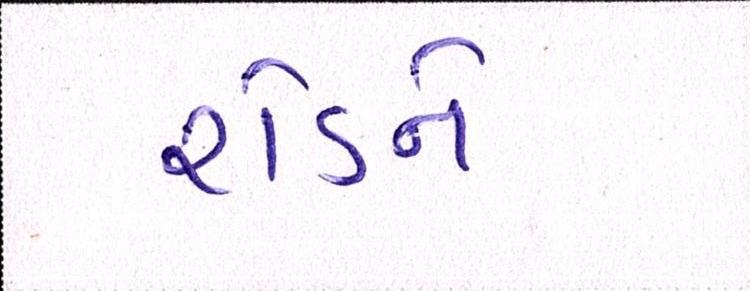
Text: રોડને